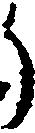
う